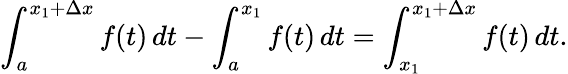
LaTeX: \int_{a}^{x_{1}+\Delta x}f(t)\, dt-\int_{a}^{x_{1}}f(t)\, dt=\int_{x_{1}}^{x_{1}+\Delta x}f(t)\, dt.